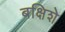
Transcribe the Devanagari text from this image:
बक्षिशे